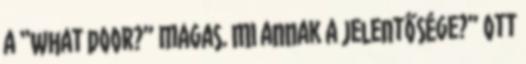
a “what door?” magas. Mi annak a jelentősége?” Ott